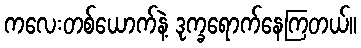
ကလေးတစ်ယောက်နဲ့ ဒုက္ခရောက်နေကြတယ်။